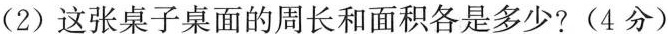
(2)这张桌子桌面的周长和面积各是多少?(4分)